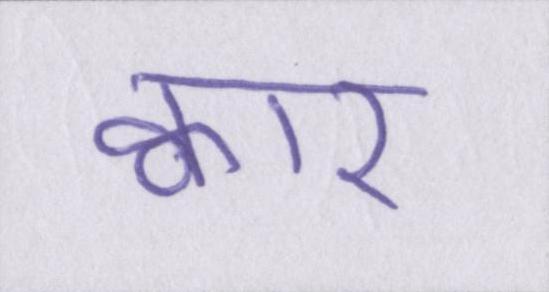
क्वार